Malarial fevers
Disease focus: Malaria
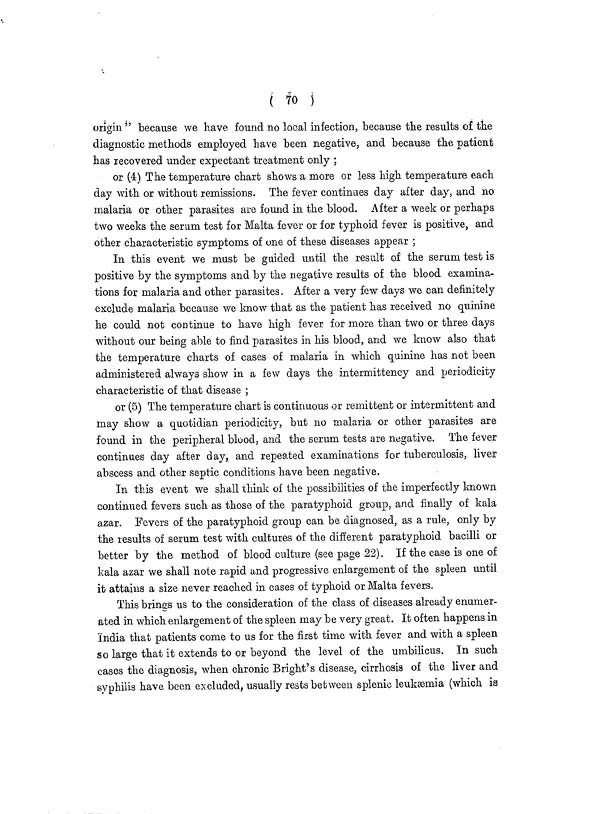
( 70 )
origin " because we have found no local infection, because the results of the
diagnostic methods employed have been negative, and because the patient
has recovered under expectant treatment only ;
or (4) The temperature chart shows a more or less high temperature each
day with or without remissions. The fever continues day after day, and no
malaria or other parasites are found in the blood. After a week or perhaps
two weeks the serum test for Malta fever or for typhoid fever is positive, and
other characteristic symptoms of one of these diseases appear ;
In this event we must be guided until the result of the serum test is
positive by the symptoms and by the negative results of the blood examina-
tions for malaria and other parasites. After a very few days we can definitely
exclude malaria because we know that as the patient has received no quinine
he could not continue to have high fever for more than two or three days
without our being able to find parasites in Ms blood, and we know also that
the temperature charts of cases of malaria in which quinine has not been
administered always show in a few days the intermittency and periodicity
characteristic of that disease ;
or (5) The temperature chart is continuous or remittent or intermittent and
may show a quotidian periodicity, but no malaria or other parasites are
found in the peripheral blood, and the serum tests are negative. The fever
continues day after day, and repeated examinations for tuberculosis, liver
abscess and other septic conditions have been negative.
In this event we shall think of the possibilities of the imperfectly known
continued fevers such as those of the paratyphoid group, and finally of kala
azar. Fevers of the paratyphoid group can be diagnosed, as a rule, only by
the results of serum test with cultures of the different paratyphoid bacilli or
better by the method of blood culture (see page 22). If the case is one of
kala azar we shall note rapid and progressive enlargement of the spleen until
it attains a size never reached in cases of typhoid or Malta fevers.
This brines us to the consideration of the class of diseases already enumer-
ated in which enlargement of the spleen may be very great. It often happens in
India that patients come to us for the first time with fever and with a spleen
so large that it extends to or beyond the level of the umbilicus. In such
cases the diagnosis, when chronic Bright's disease, cirrhosis of the liver and
syphilis have been excluded, usually rests between splenic leukaemia (which is